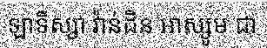
ឡាទីស្សា វ៉ាន់ដិន អាស្សូម ជា